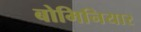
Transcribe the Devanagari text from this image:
बोमिनियार